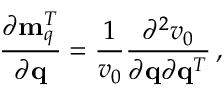
\frac { \partial { \bf m } _ { q } ^ { T } } { \partial { \bf q } } = \frac { 1 } { v _ { 0 } } \frac { \partial ^ { 2 } v _ { 0 } } { \partial { \bf q } \partial { \bf q } ^ { T } } \, ,